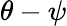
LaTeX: \theta-\psi